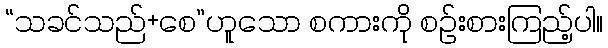
“သခင်သည်+စေ”ဟူသော စကားကို စဉ်းစားကြည့်ပါ။